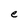
Character: e